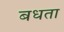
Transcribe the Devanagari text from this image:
बधता